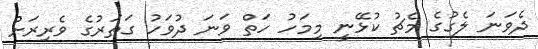
ދެވަނަ ލެގުގެ މެޗު ކުޅޭނީ މިމަހު ހަތް ވަނަ ދުވަހު ގަތަރުގެ ވެރިރަށް